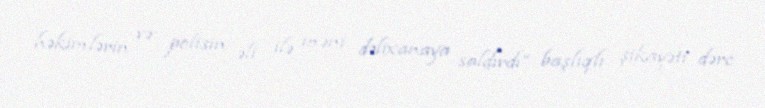
həkimlərin və polisin əli ilə məni dəlixanaya saldırdı” başlıqlı şikayəti dərc